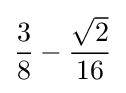
{\frac {3}{8}}-{\frac {\sqrt {2}}{16}}